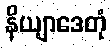
နိယျာဒေတုံ